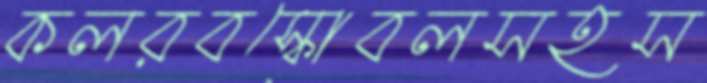
কলরবস্কোবলসহস